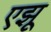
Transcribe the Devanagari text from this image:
एझू